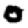
Digit: 0